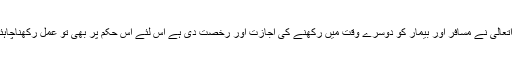
خداتعالیٰ نے مسافر اور بیمار کو دوسرے وقت میں رکھنے کی اجازت اور رخصت دی ہے اس لئے اس حکم پر بھی تو عمل رکھناچاہئے۔